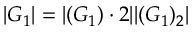
| G _ { 1 } | = | ( G _ { 1 } ) \cdot 2 | | ( G _ { 1 } ) _ { 2 } |